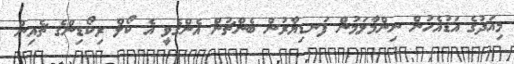
މިއަދުގެ އަޑުއެހުން ނިންމާލަމުން ފަނޑިޔާރުން ބެންޗުން އެންގެވީ އެ ކޯލް ރިކޯޑިންގެ ޗެއިން